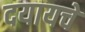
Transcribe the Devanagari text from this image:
दयायचे